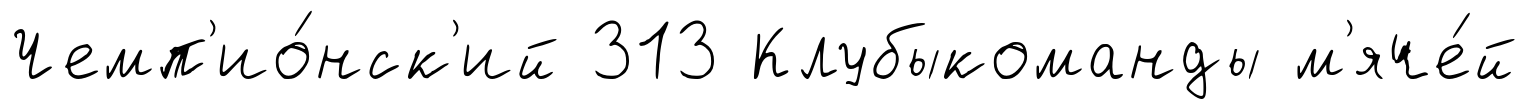
Чемп'ио́нск'ий 313 Клубыкоманды м'яче́й